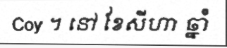
Coy ។ នៅ ខែសីហា ឆ្នាំ